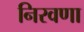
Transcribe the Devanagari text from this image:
निरवणा